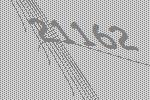
21162